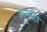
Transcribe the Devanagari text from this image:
नुनहा